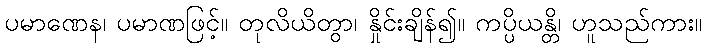
ပမာဏေန၊ ပမာဏဖြင့်။ တုလိယိတွာ၊ နှိုင်းချိန်၍။ ကပ္ပိယန္တိ၊ ဟူသည်ကား။